Plague in India, 1896, 1897 - Volume 1
Year: 1896
Disease focus: Plague
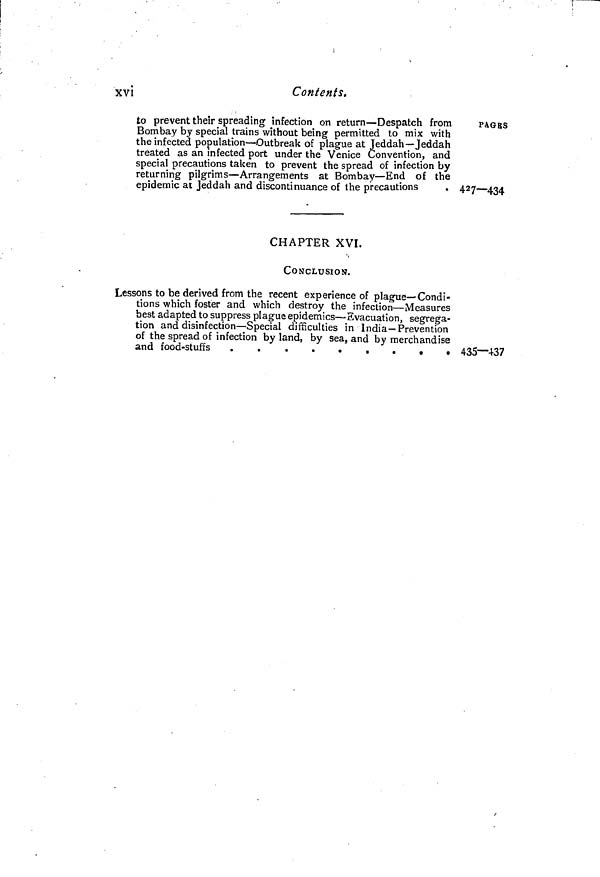
xvi
Contents.
to prevent their spreading infection on return—Despatch from
Bombay by special trains without being permitted to mix with
the infected population—Outbreak of plague at Jeddah—Jeddah
treated as an infected port under the Venice Convention, and
special precautions taken to prevent the spread of infection by
returning pilgrims—Arrangements at Bombay—End of the
epidemic at Jeddah and discontinuance of the precautions
PAGES
427—434
CHAPTER XVI.
CONCLUSION.
Lessons to be derived from the recent experience of plague—Condi-
tions which foster and which destroy the infection—Measures
best adapted to suppress plague epidemics—Evacuation, segrega-
tion and disinfection—Special difficulties in India—Prevention
of the spread of infection by land, by sea, and by merchandise
and food-stuffs
435—437